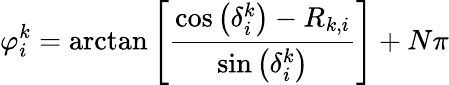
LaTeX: \varphi_{i}^{k}=\arctan\left[\frac{\cos\left(\delta_{i}^{k}\right)-R_{k,i}}{\sin\left(\delta_{i}^{k}\right)}\right]+N\pi